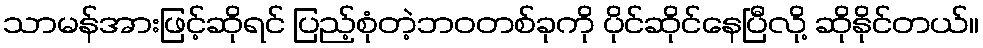
သာမန်အားဖြင့်ဆိုရင် ပြည့်စုံတဲ့ဘဝတစ်ခုကို ပိုင်ဆိုင်နေပြီလို့ ဆိုနိုင်တယ်။